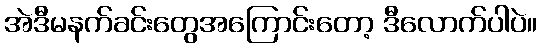
အဲဒီမနက်ခင်းတွေအကြောင်းတော့ ဒီလောက်ပါပဲ။